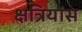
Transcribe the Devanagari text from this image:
क्षत्रियांस